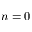
n = 0